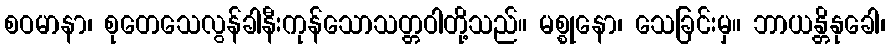
စဝမာနာ၊ စုတေသေလွန်ခါနီးကုန်သောသတ္တဝါတို့သည်။ မစ္စုနော၊ သေခြင်းမှ။ ဘာယန္တိနုခေါ၊